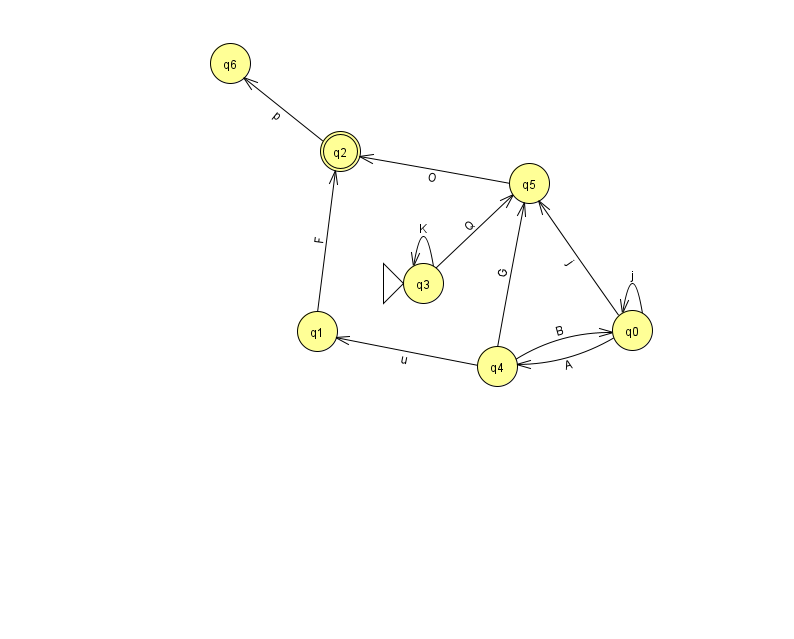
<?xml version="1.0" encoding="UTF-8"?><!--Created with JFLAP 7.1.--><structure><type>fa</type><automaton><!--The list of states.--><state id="0" name="q0"><x>632.0</x><y>317.0</y></state><state id="1" name="q1"><x>317.0</x><y>318.0</y></state><state id="2" name="q2"><x>340.0</x><y>138.0</y><final/></state><state id="3" name="q3"><x>423.0</x><y>270.0</y><initial/></state><state id="4" name="q4"><x>497.0</x><y>353.0</y></state><state id="5" name="q5"><x>529.0</x><y>170.0</y></state><state id="6" name="q6"><x>230.0</x><y>50.0</y></state><!--The list of transitions.--><transition><from>5</from><to>2</to><read>O</read></transition><transition><from>4</from><to>0</to><read>B</read></transition><transition><from>0</from><to>0</to><read>j</read></transition><transition><from>0</from><to>4</to><read>A</read></transition><transition><from>4</from><to>5</to><read>G</read></transition><transition><from>2</from><to>6</to><read>p</read></transition><transition><from>3</from><to>3</to><read>K</read></transition><transition><from>4</from><to>1</to><read>u</read></transition><transition><from>0</from><to>5</to><read>j</read></transition><transition><from>1</from><to>2</to><read>F</read></transition><transition><from>3</from><to>5</to><read>Q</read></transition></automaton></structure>